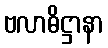
ဗလာဓိဋ္ဌာနာ